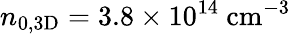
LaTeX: n_{0,\mathrm{{3D}}}=3.8\times 10^{14}~\mathrm{{cm^{-3}}}